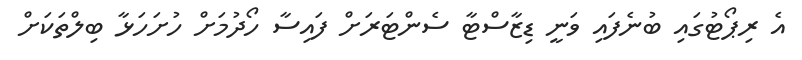
އެ ރިޕޯޓުގައި ބުނެފައި ވަނީ ޑިޒާސްޓާ ސެންޓަރަށް ފައިސާ ހޯދުމަށް ހުށަހަޅާ ބިލްތަކަށް